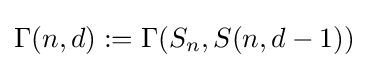
\Gamma (n,d):=\Gamma (S_{n},S(n,d-1))